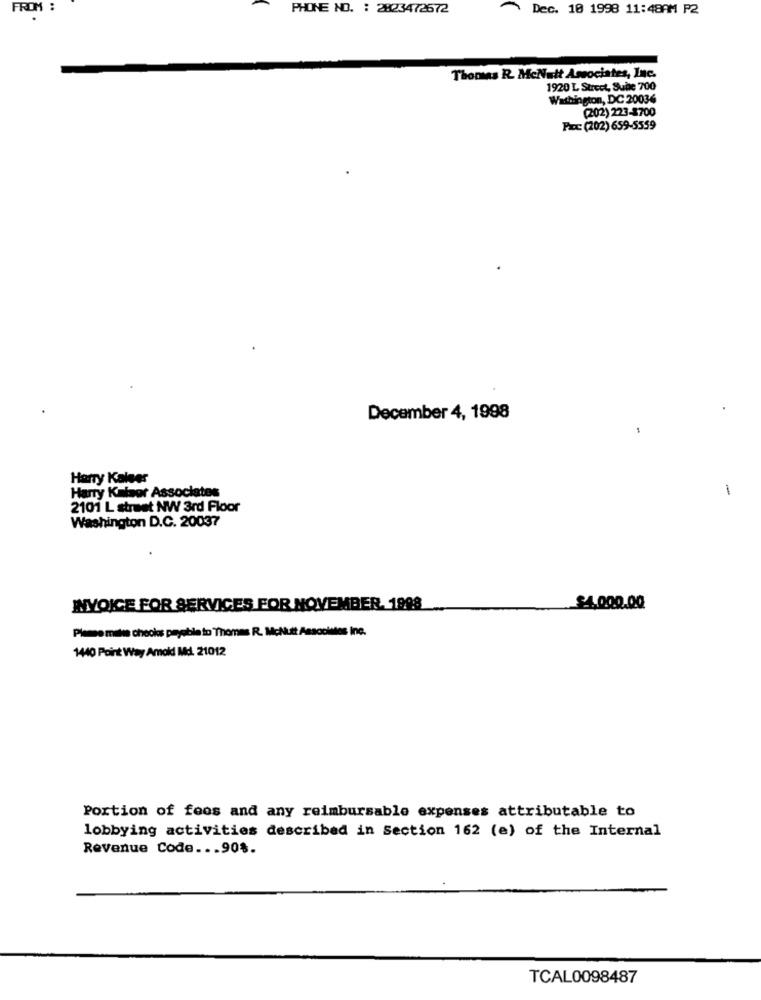
FROM :
PHONE NO. : 2823472672
Dec. 10 1998 11:48AM P2
Thomas R. McNuit Associates, Inc.
1920 L Strect, Suite 700
Washington, DC 20034
(202) 223-8700
Pac: (202) 659-5559
December 4, 1998
Harry Kalees
Harry Kaisor Associates
1
2101 L street NW 3rd Floor
Washington D.C. 20037
INVOICE FOR SERVICES FOR NOVEMBER. 1998
$4.000.00
Please make checks payable to Thomas R. Mcluft Ansaolites Ine.
1440 Point Way Amold Md. 21012
Portion of feos and any reimbursable expenses attributable to
lobbying activities described in Section 162 (e) of the Internal
Revenue Code ... 90%.
TCAL0098487